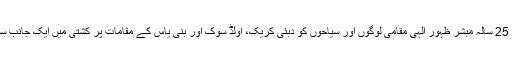
سیالکوٹ سے تعلق رکھنے والا 25 سالہ مبشر ظہور الٰہی مقامی لوگوں اور سیاحوں کو دبئی کریک، اولڈ سوک اور بنی یاس کے مقامات پر کشتی میں ایک جانب سے دوسری جانب لاتا لیجاتا ہے۔